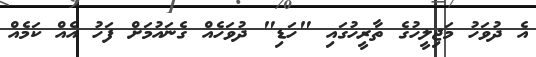
އެ ދުވަހު މަޖިލީހުގެ ތާރީހުގައި "ހަޑި" ދުވަހެއް ގެނައުމަށް ފަހު އެއް ކަމެއް